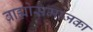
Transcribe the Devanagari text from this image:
ब्राह्मोसमाजका